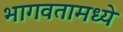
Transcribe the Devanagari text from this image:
भागवतामध्ये